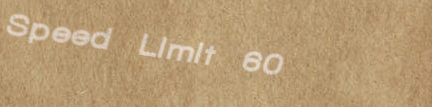
Speed Limit 60